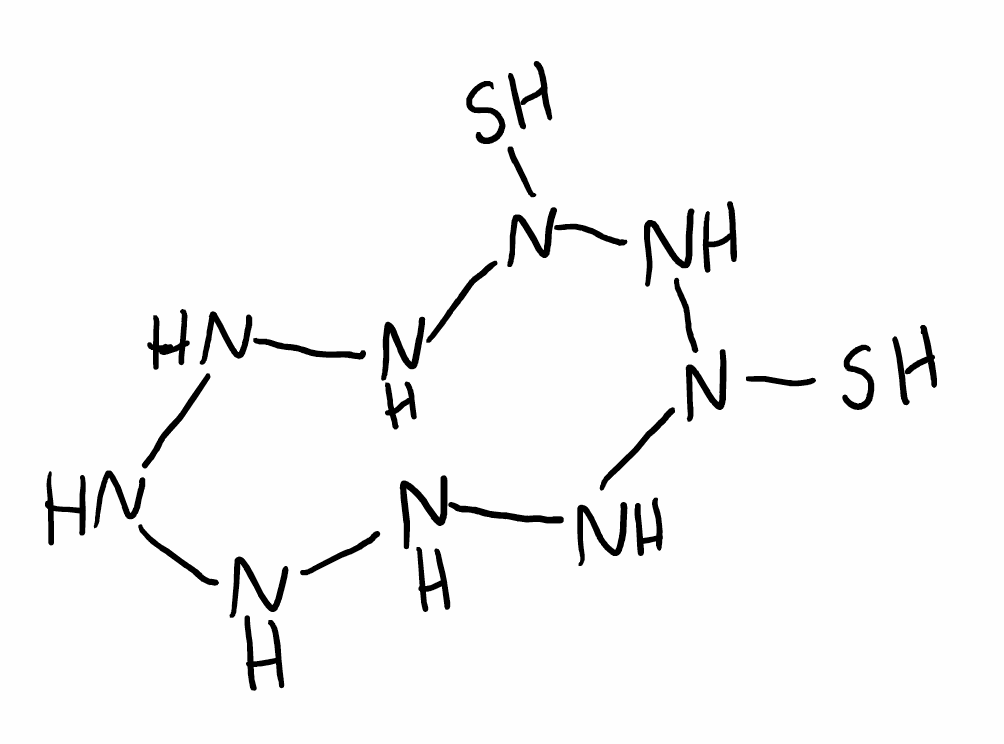
Simplified molecular-input line-entry system (SMILES) notation of the given molecule:
N1NNNN(NN(NN1)S)S